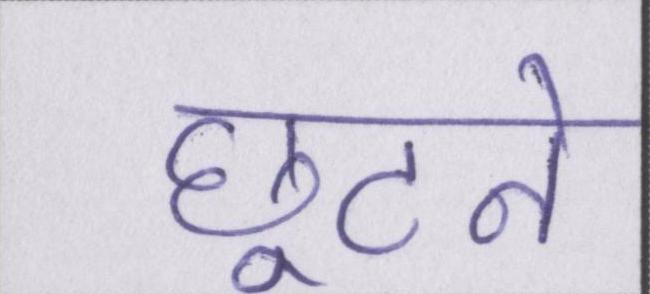
छूटने